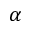
\alpha